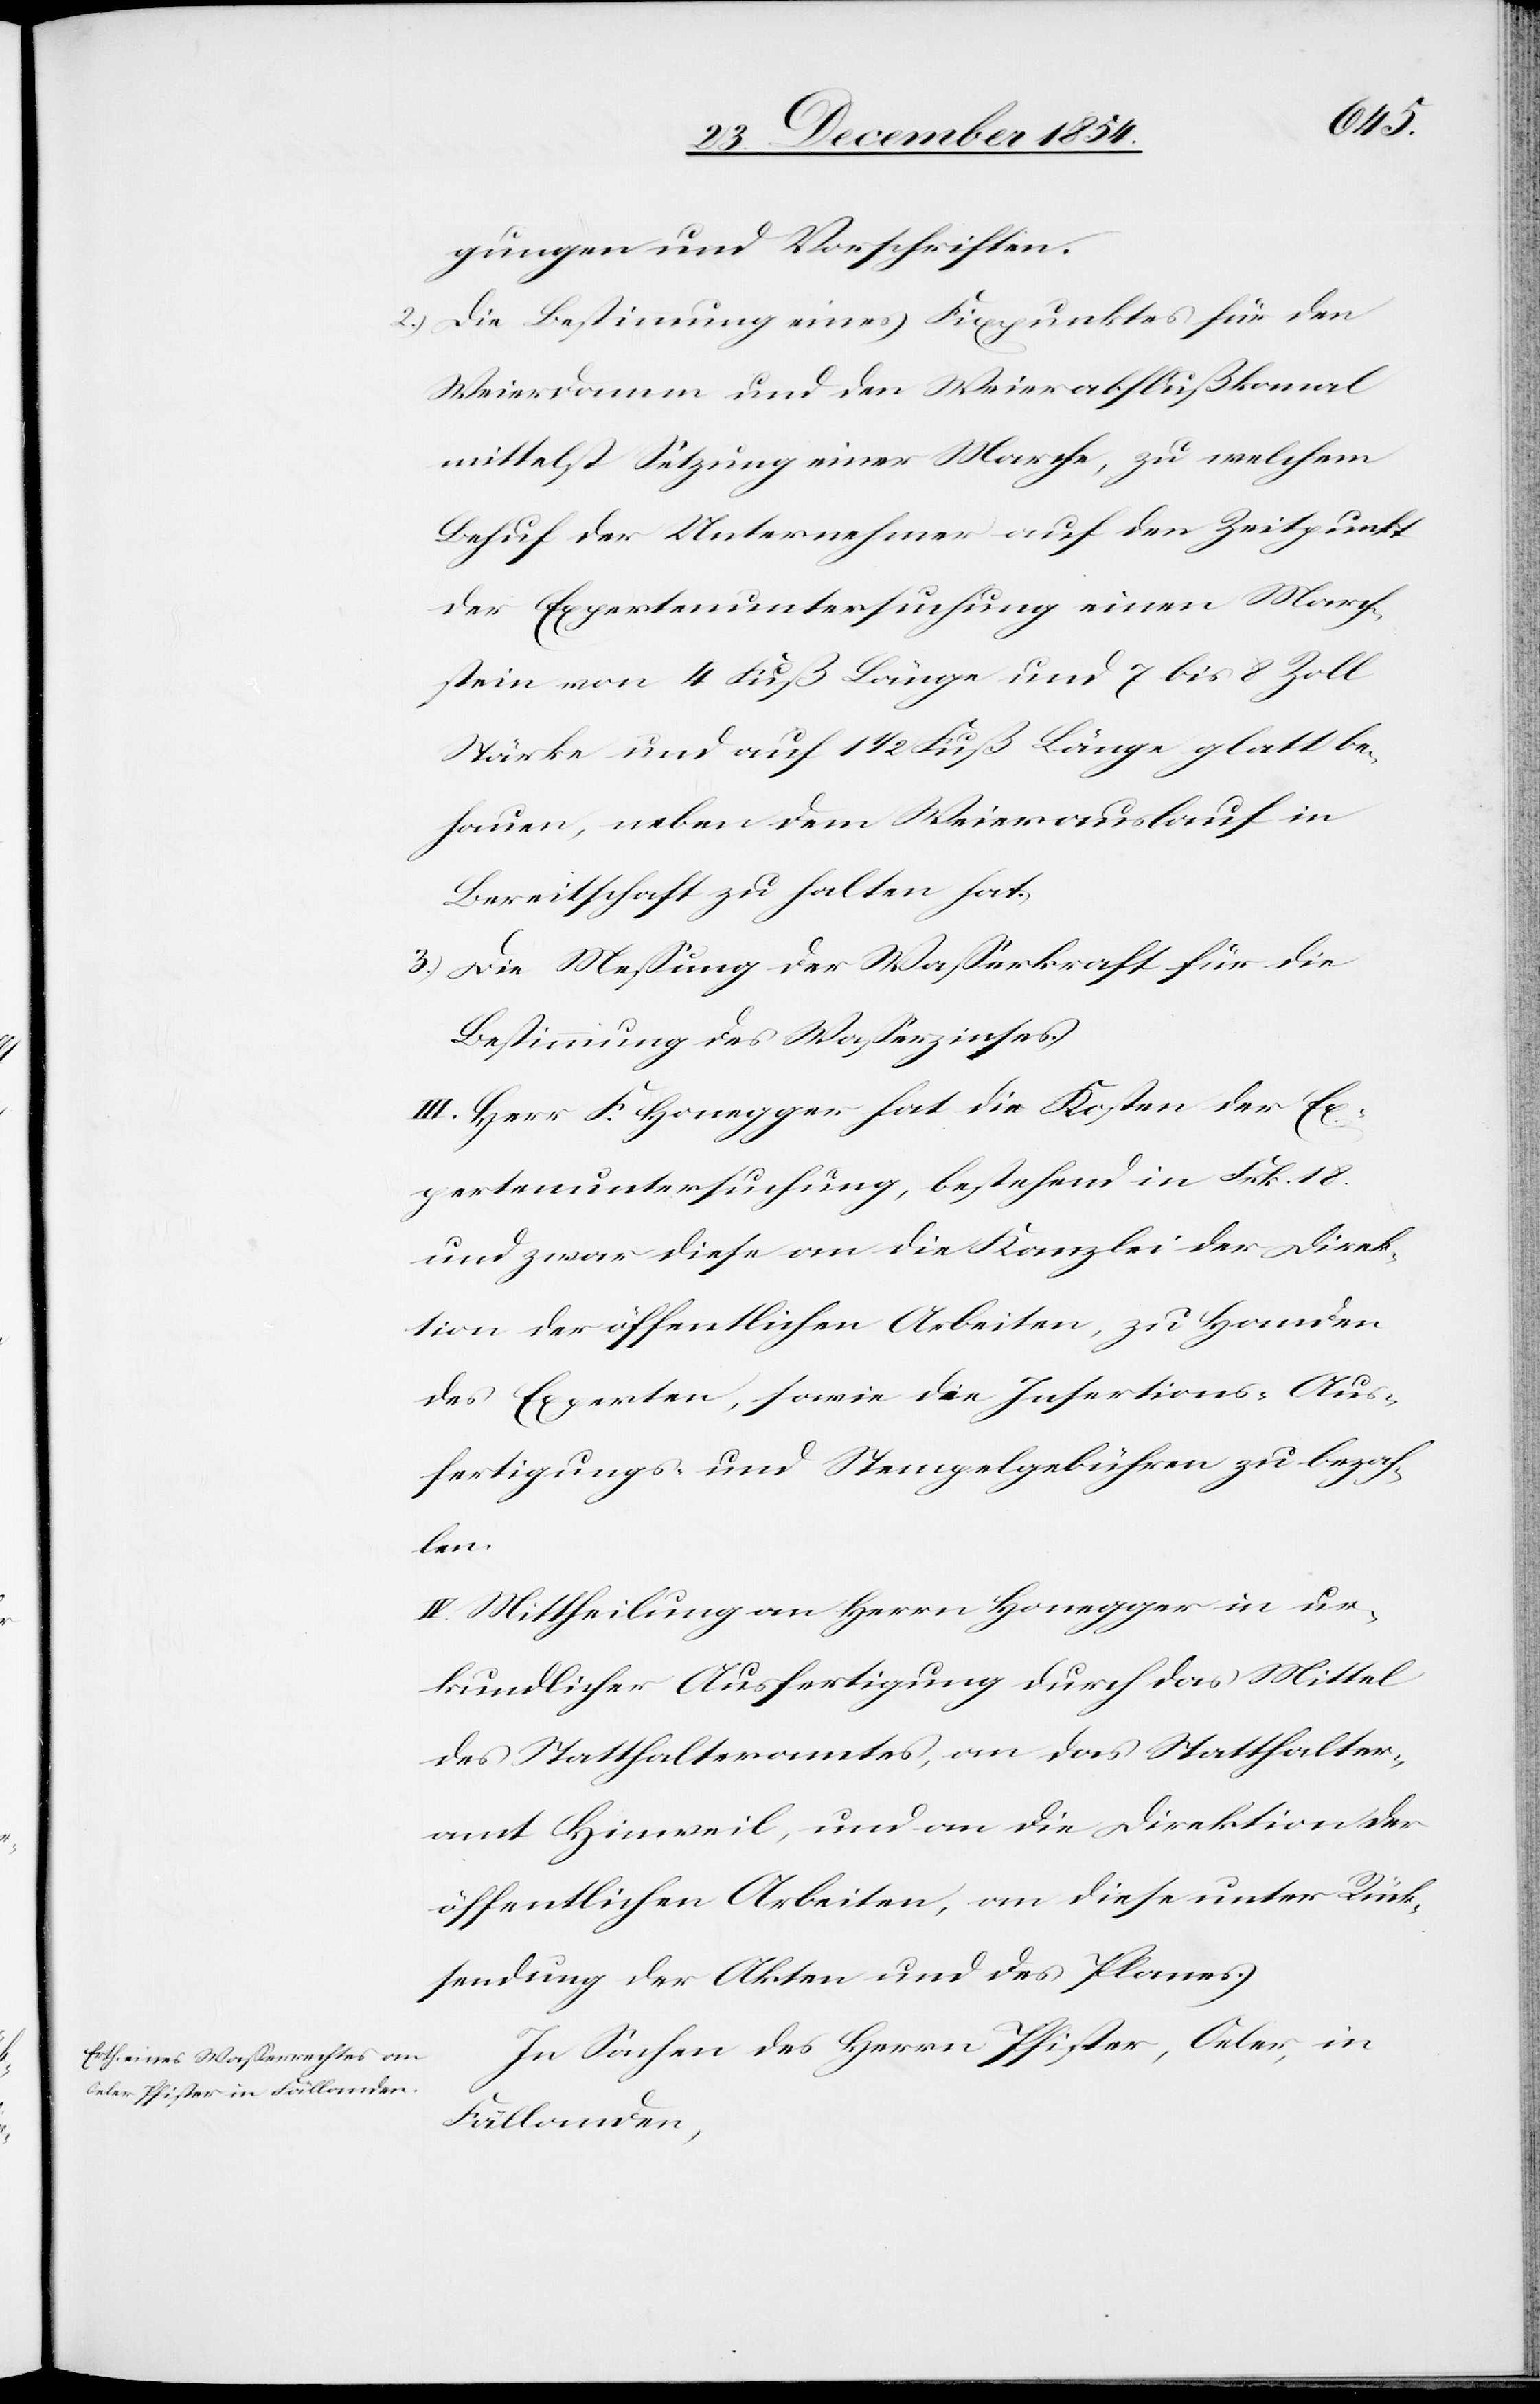
gungen und Vorschriften.
2.) Die Bestimmung eines Fixpunktes für den
Weierdamm und den Weierabflußkanal
mittelst Setzung einer Marche, zu welchem
Behuf der Unternehmer auf den Zeitpunkt
der Expertenuntersuchung einen March¬
stein von 4 Fuß Länge und 7 bis 8 Zoll
Stärke und auf 1 1/2 Fuß Länge glatt be¬
hauen, neben dem Weierauslauf in
Bereitschaft zu halten hat.
3.) Die Meßung der Waßerkraft für die
Bestimmung des Waßerzinses.
III. Herr F. Honegger hat die Kosten der Ex¬
pertenuntersuchung, bestehend in Frk. 18
und zwar diese an die Kanzlei der Direk¬
tion der öffentlichen Arbeiten, zu Handen
des Experten, sowie die Insertions-[,] Aus¬
fertigungs- und Stempelgebühren zu bezah¬
len.
IV. Mittheilung an Herrn Honegger in ur¬
kundlicher Ausfertigung durch das Mittel
des Statthalteramtes, an das Statthalter¬
amt Hinweil, und an die Direktion der
öffentlichen Arbeiten, an diese unter Rück¬
sendung der Akten und des Planes.
In Sachen des Herrn Pfister, Oeler, in
Fällanden,